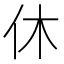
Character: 休